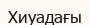
Хиуадағы